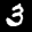
Label: 3